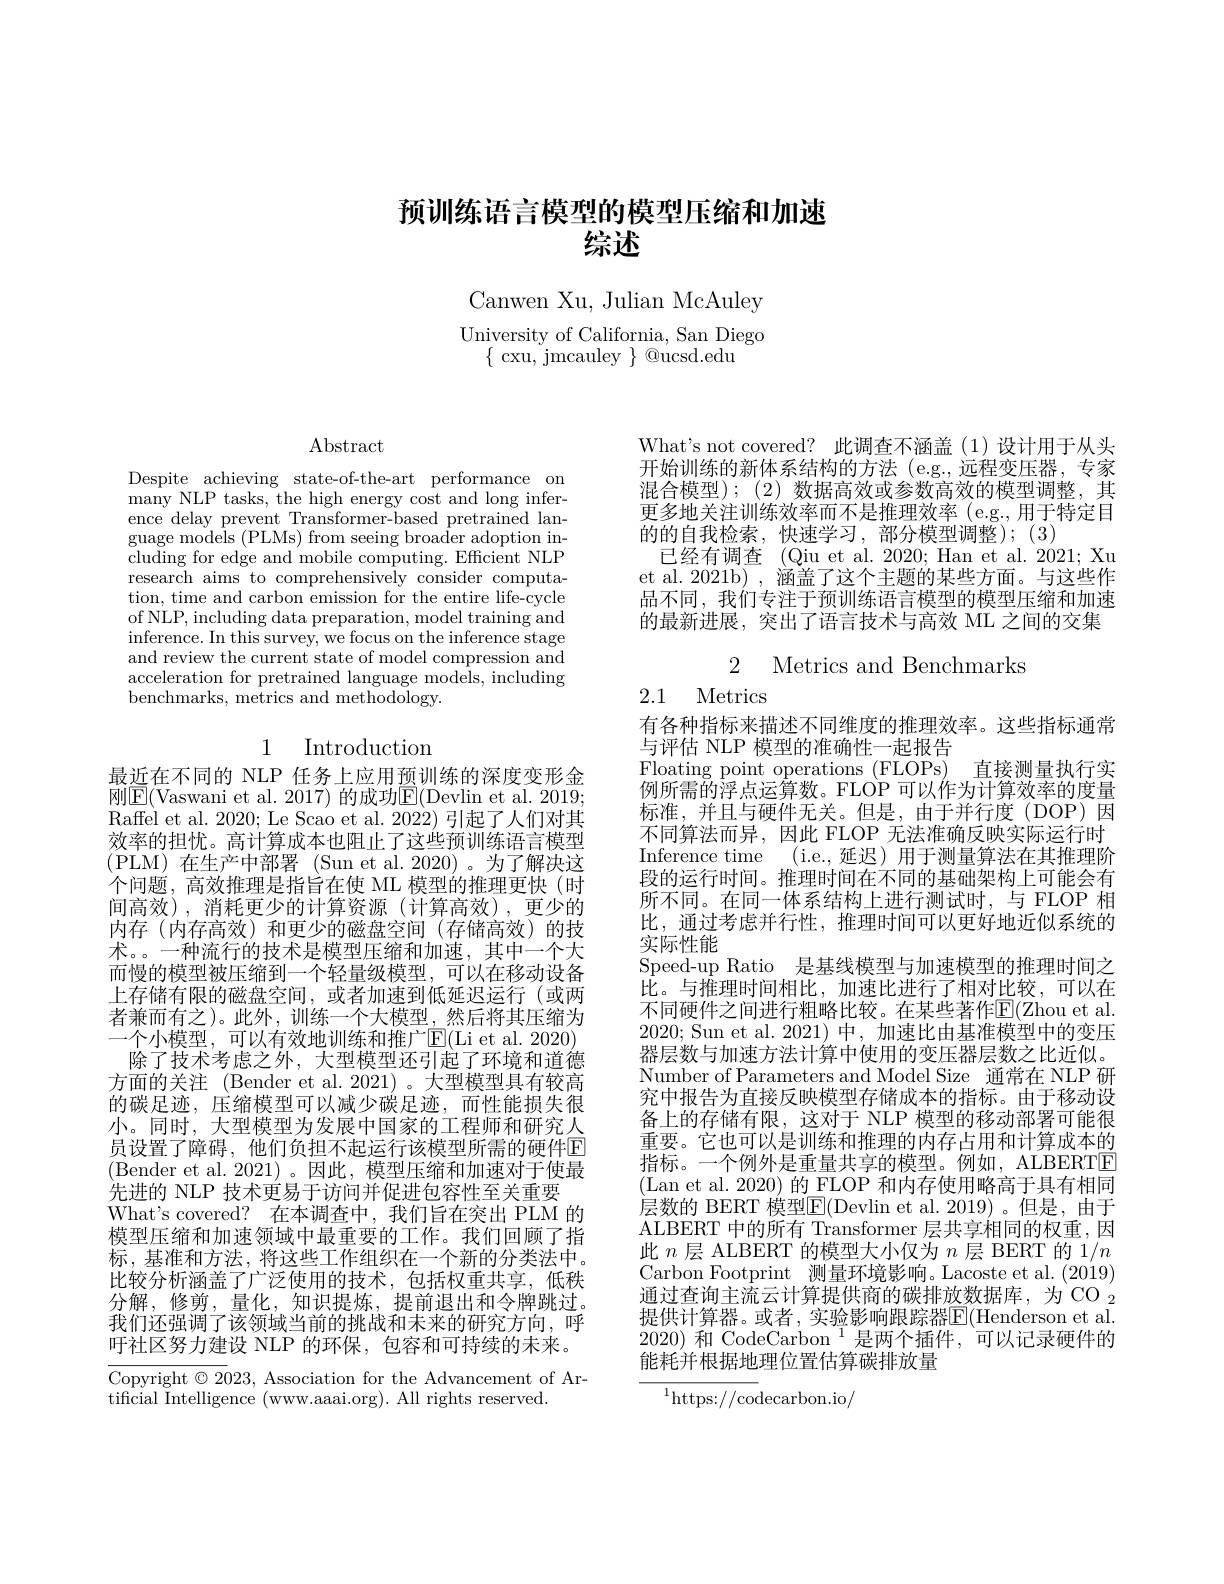
# 预训练语言模型的模型压缩和加速综述

Canwen Xu, Julian McAuley

University of California, San Diego
$\{$ cxu, jmcauley $\}$ @ucsd.edu

$\operatorname{Abstract}$

Despite achieving state-of-the-art performance on $\hat{\text{many NLP tasks, the high energy cost and long infer-}}$ ence delay prevent Transformer-based pretrained language models (PLMs) from seeing broader adoption including for edge and mobile computing. Efficient NLP research aims to comprehensively consider computation, time and carbon emission for the entire life-cycle of NLP, including data preparation, model training and inference. In this survey, we focus on the inference stage and review the current state of model compression and acceleration for pretrained language models, including benchmarks, metrics and methodology.

# 1 Introduction

最近在不同的 NLP 任务上应用预训练的深度变形金刚$\boxed{\mathrm{E}}($Vaswani et al. 2017) 的成功$\boxed{\mathrm{E}}($Devlin et al. 2019; Raffel et al. 2020; Le Scao et al. 2022) 引起了人们对其效率的担忧。高计算成本也阻止了这些预训练语言模型(PLM)在生产中部署 (Sun et al.2020)。为了解决这个问题，高效推理是指旨在使 ML 模型的推理更快 (时间高效),消耗更少的计算资源(计算高效),更少的内存 (内存高效) 和更少的磁盘空间 (存储高效)的技术。。一种流行的技术是模型压缩和加速，其中一个大而慢的模型被压缩到一个轻量级模型，可以在移动设备上存储有限的磁盘空间，或者加速到低延迟运行(或两者兼而有之)。此外，训练一个大模型，然后将其压缩为一个小模型，可以有效地训练和推广$\boxed{\mathrm{F}}($Li et al. 2020) 除了技术考虑之外，大型模型还引起了环境和道德
方面的关注 (Bender et al. 2021) 。大型模型具有较高的碳足迹，压缩模型可以减少碳足迹，而性能损失很小。同时，大型模型为发展中国家的工程师和研究人员设置了障碍，他们负担不起运行该模型所需的硬件E (Bender et al.2021)。因此，模型压缩和加速对于使最先进的 NLP 技术更易于访问并促进包容性至关重要
What's covered? 在本调查中，我们旨在突出 PLM 的模型压缩和加速领域中最重要的工作。我们回顾了指标，基准和方法，将这些工作组织在一个新的分类法中。比较分析涵盖了广泛使用的技术，包括权重共享，低秩分解，修剪，量化，知识提炼，提前退出和令牌跳过。我们还强调了该领域当前的挑战和未来的研究方向，呼吁社区努力建设 NLP 的环保，包容和可持续的未来。Copyright $\odot2023$, Association for the Advancement of Ar-

tificial Intelligence (www.aaaai.org). All rights reserved.

What's not covered? 此调查不涵盖(1)设计用于从头开始训练的新体系结构的方法 (e.g.,远程变压器，专家混合模型); (2) 数据高效或参数高效的模型调整，其更多地关注训练效率而不是推理效率 (e.g., 用于特定目的的自我检索，快速学习，部分模型调整);(3)
已经有调查 (Qiu et al. 2020; Han et al. 2021; Xu et al. 2021b) , 涵盖了这个主题的某些方面。与这些作品不同，我们专注于预训练语言模型的模型压缩和加速的最新进展，突出了语言技术与高效 ML 之间的交集

2 Metrics and Benchmarks

2.1 Metrics

有各种指标来描述不同维度的推理效率。这些指标通常
与评估 NLP 模型的准确性一起报告
Floating point operations (FLOPs) 直接测量执行实例所需的浮点运算数。FLOP 可以作为计算效率的度量标准，并且与硬件无关。但是，由于并行度(DOP)因不同算法而异，因此 FLOP 无法准确反映实际运行时Inference time (i.e.,延迟)用于测量算法在其推理阶段的运行时间。推理时间在不同的基础架构上可能会有所不同。在同一体系结构上进行测试时，与 FLOP 相比，通过考虑并行性，推理时间可以更好地近似系统的实际性能
Speed-up Ratio 是基线模型与加速模型的推理时间之$\hat{\text{比。与推理时间相比，加速比进行了相对比较，可以在}}$ 不同硬件之间进行粗略比较。在某些著作$\mathbb{E}($Zhou et al 2020; Sun et al. 2021)中，加速比由基准模型中的变压器层数与加速方法计算中使用的变压器层数之比近似。Number of Parameters and Model Size 通常在 NLP 研究中报告为直接反映模型存储成本的指标。由于移动设备上的存储有限，这对于 NLP 模型的移动部署可能很重要。它也可以是训练和推理的内存占用和计算成本的指标。一个例外是重量共享的模型。例如，ALBERTE (Lan et al. 2020) 的 FLOP 和内存使用略高于具有相同层数的 BERT 模型$\overline{\mathrm{E}}($Devlin et al.2019)。但是，由于ALBERT 中的所有 Transformer 层共享相同的权重，因此$n$层 ALBERT 的模型大小仅为$n$层 BERT 的 1/n Carbon Footprint 测量环境影响。Lacoste et al.(2019) 通过查询主流云计算提供商的碳排放数据库，为 CO $_{2}$ 提供计算器。或者，实验影响跟踪器E(Henderson et al $2020)\text{ 和 CodeCarbon }^{1}$是两个插件，可以记录硬件的能耗并根据地理位置估算碳排放量
$${\overline{{{^{1}\mathrm{https://cod}}}}}_{\mathrm{ecarbon.io/}}$$